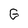
Character: G